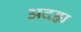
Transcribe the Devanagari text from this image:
अदह्य